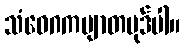
သံဝေဂကဗျာတပုဒ်ပါ။